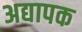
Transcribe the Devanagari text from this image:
अद्यापक